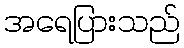
အရေပြားသည်